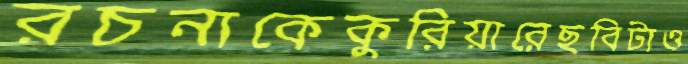
রচনাকেকুরিয়ারেছবিটাও